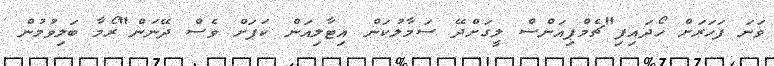
ވަނަ ފަހަރަށް ހޯދައިފި"ޗެމްޕިއަންސް ލީގަށްދޭ ސަމާލުކަން އިޓާލިއަން ކަޕަށް ވެސް ދޭނަން"ރޯމާ ބަލިވުމުން